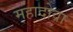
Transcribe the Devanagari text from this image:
महादोवा